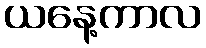
ယနေ့ကာလ